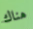
هناك